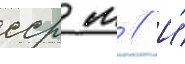
сср м // И́